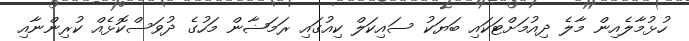
ހުޅުމާލެއިން މާލެ ދިއުމަށްޓަކައި ބަޔަކު ސައިކަލް ކިއުގައި ރަމަޟާން މަހުގެ ދުވަސްކޮޅެއް ކުރިންނާއި